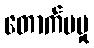
တောက်ပမှု